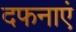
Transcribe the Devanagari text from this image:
दफनाएं